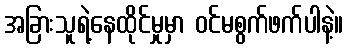
အခြားသူရဲ့နေထိုင်မှုမှာ ဝင်မစွက်ဖက်ပါနဲ့။